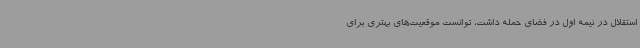
استقلال در نیمه اول در فضای حمله داشت، توانست موقعیت‌های بهتری برای